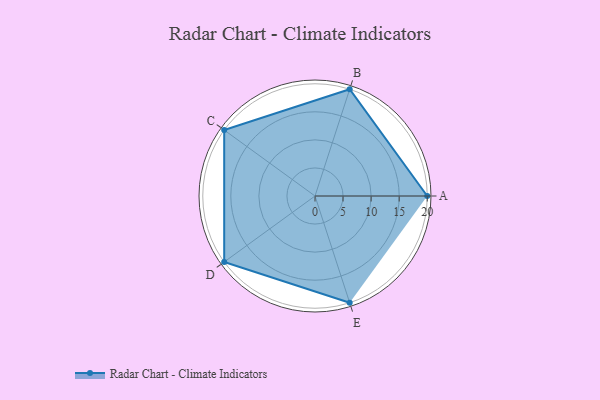
{"axis": {"x": "Skill", "y": "Score"}, "legend": ["Profile"], "data": [{"x": "A", "y": 20, "type": "Profile"}, {"x": "B", "y": 20, "type": "Profile"}, {"x": "C", "y": 20, "type": "Profile"}, {"x": "D", "y": 20, "type": "Profile"}, {"x": "E", "y": 20, "type": "Profile"}]}